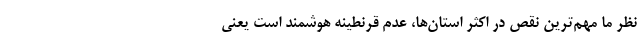
نظر ما مهم‌ترین نقص در اکثر استان‌ها، عدم قرنطینه هوشمند است یعنی